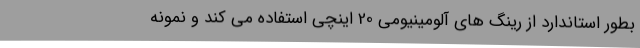
بطور استاندارد از رینگ های آلومینیومی 20 اینچی استفاده می کند و نمونه